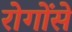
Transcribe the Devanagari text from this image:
रोगोंसे